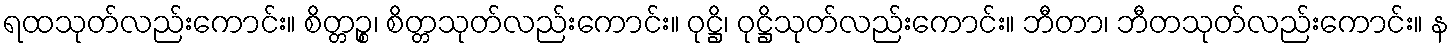
ရထသုတ်လည်းကောင်း။ စိတ္တဉ္စ၊ စိတ္တသုတ်လည်းကောင်း။ ဝုဋ္ဌိ၊ ဝုဋ္ဌိသုတ်လည်းကောင်း။ ဘီတာ၊ ဘီတသုတ်လည်းကောင်း။ န